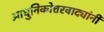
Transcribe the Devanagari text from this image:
आधुनिकोत्तरवाद्यांनी